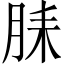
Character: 𬁻